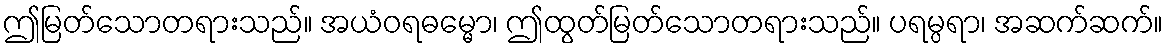
ဤမြတ်သောတရားသည်။ အယံဝရဓမ္မော၊ ဤထွတ်မြတ်သောတရားသည်။ ပရမ္ပရာ၊ အဆက်ဆက်။